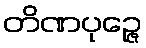
တိဏပုဉ္ဇေ